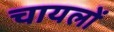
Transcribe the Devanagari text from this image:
चायलों